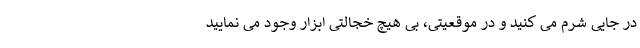
در جایی شرم می کنید و در موقعیتی، بی هیچ خجالتی ابزار وجود می نمایید